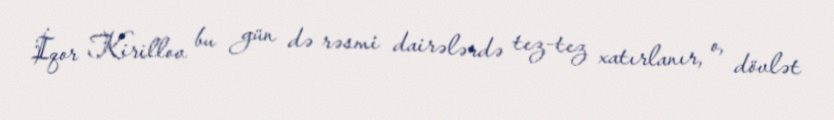
İqor Kirillov bu gün də rəsmi dairələrdə tez-tez xatırlanır, o, dövlət